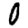
Digit: 0